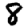
Digit: 8